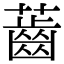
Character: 𧀤